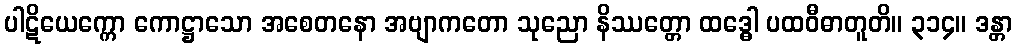
ပါဋိယေက္ကော ကောဋ္ဌာသော အစေတနော အဗျာကတော သုညော နိဿတ္တော ထဒ္ဓေါ ပထဝီဓာတူတိ။ ၃၁၄။ ဒန္တာ